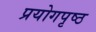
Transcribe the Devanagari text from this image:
प्रयोगपृष्ठ